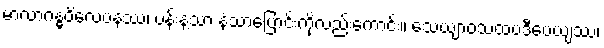
မာလာဂန္ဓဝိလေပနဿ၊ ပန်းနံ့သာ နံ့သာပြောင်းကိုလည်းကောင်း။ သေယျာဝသထပဒီပေယျဿ၊